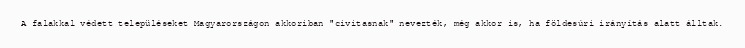
A falakkal védett településeket Magyarországon akkoriban "civitasnak" nevezték, még akkor is, ha földesúri irányítás alatt álltak.